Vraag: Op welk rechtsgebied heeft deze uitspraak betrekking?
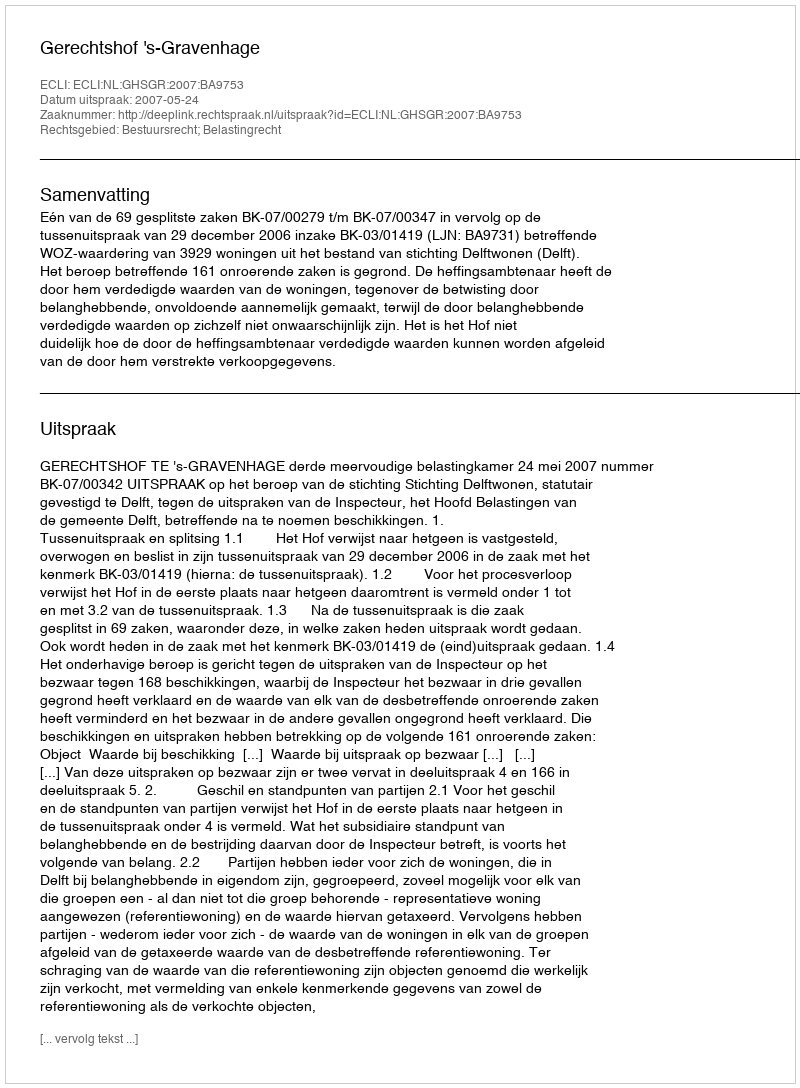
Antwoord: Bestuursrecht; Belastingrecht